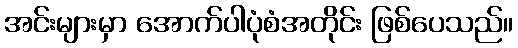
အင်းများမှာ အောက်ပါပုံစံအတိုင်း ဖြစ်ပေသည်။